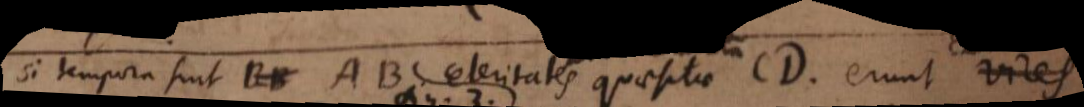
si tempora sint BB AB celeritates quaesitae CD erunt vires